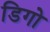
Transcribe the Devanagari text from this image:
डिगो